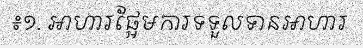
៖១. អាហារផ្អែមការទទួលទានអាហារ